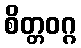
စိတ္တဝဂ္ဂ